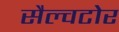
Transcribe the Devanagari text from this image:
सैल्वटोर